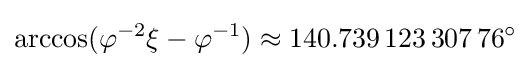
\arccos(\varphi ^{-2}\xi -\varphi ^{-1})\approx 140.739\,123\,307\,76^{\circ }